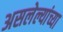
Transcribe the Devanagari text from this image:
असलेल्यांच्या